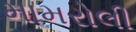
મામરોલી